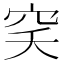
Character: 穾